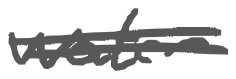
Text: water
Cross-out: double-line
Writing tool: digital_gray